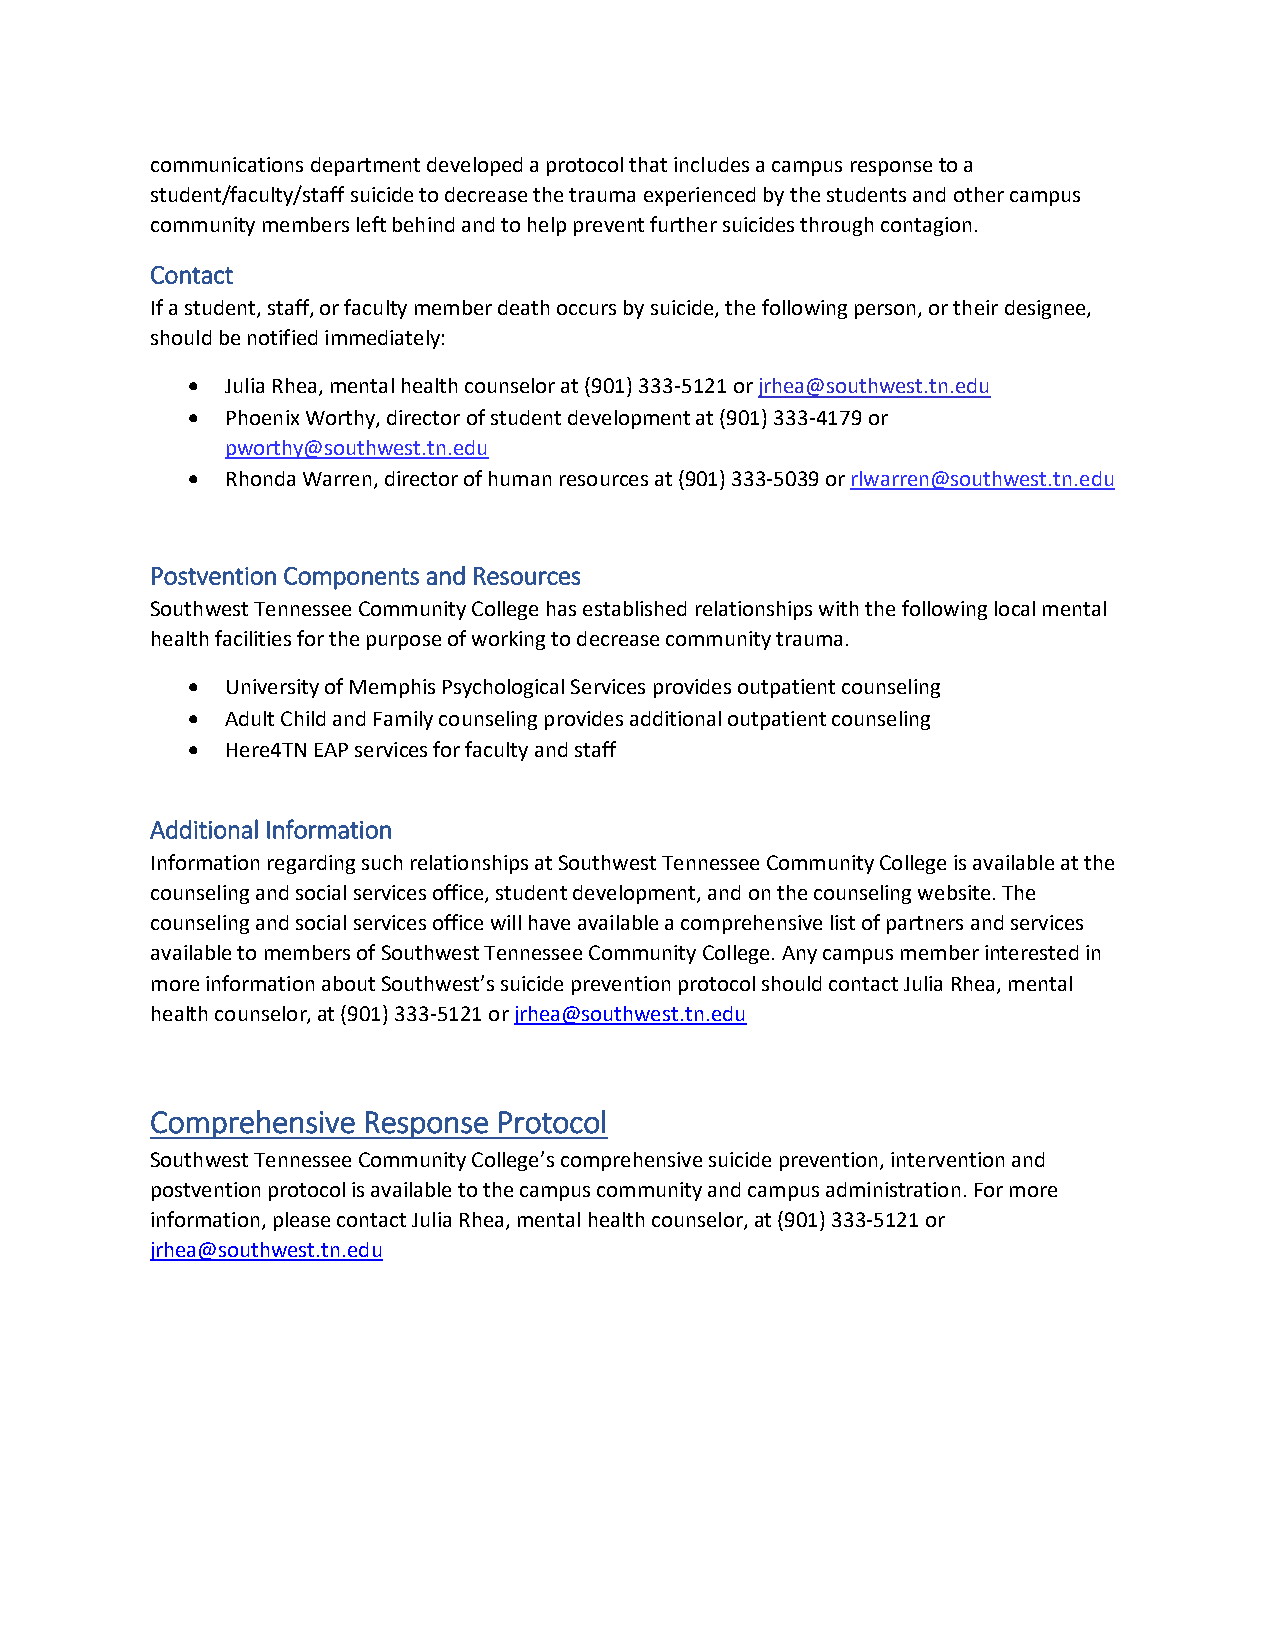
communications department developed a protocol that includes a campus response to a
 student/faculty/staff suicide to decrease the trauma experienced by the students and other campus
 community members left behind and to help prevent further suicides through contagion.
 Contact
 If a student, staff, or faculty member death occurs by suicide, the following person, or their designee,
 should be notified immediately:
   Julia Rhea, mental health counselor at (901) 333-5121 or jrhea@southwest.tn.edu
   Phoenix Worthy, director of student development at (901) 333-4179 or
 pworthy@southwest.tn.edu
   Rhonda Warren, director of human resources at (901) 333-5039 or rlwarren@southwest.tn.edu
 Postvention Components and Resources
 Southwest Tennessee Community College has established relationships with the following local mental
 health facilities for the purpose of working to decrease community trauma.
   University of Memphis Psychological Services provides outpatient counseling
   Adult Child and Family counseling provides additional outpatient counseling
   Here4TN EAP services for faculty and staff
 Additional Information
 Information regarding such relationships at Southwest Tennessee Community College is available at the
 counseling and social services office, student development, and on the counseling website. The
 counseling and social services office will have available a comprehensive list of partners and services
 available to members of Southwest Tennessee Community College. Any campus member interested in
 more information about Southwest’s suicide prevention protocol should contact Julia Rhea, mental
 health counselor, at (901) 333-5121 or jrhea@southwest.tn.edu
 Comprehensive Response Protocol
 Southwest Tennessee Community College’s comprehensive suicide prevention, intervention and
 postvention protocol is available to the campus community and campus administration. For more
 information, please contact Julia Rhea, mental health counselor, at (901) 333-5121 or
 jrhea@southwest.tn.edu